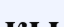
кы